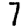
Digit: 7